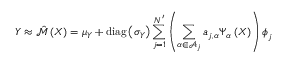
\boldsymbol { Y } \approx \hat { \mathcal { M } } \left( \boldsymbol { X } \right) = \boldsymbol { \mu _ { \boldsymbol { Y } } } + \operatorname { d i a g } \left( \boldsymbol { \sigma _ { \boldsymbol { Y } } } \right) \sum _ { j = 1 } ^ { N ^ { \prime } } \left( \sum _ { \boldsymbol { \alpha } \in \mathcal { A } _ { j } } a _ { j , \boldsymbol { \alpha } } \Psi _ { \boldsymbol { \alpha } } \left( \boldsymbol { X } \right) \right) \boldsymbol { \phi } _ { j }